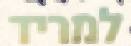
למריד